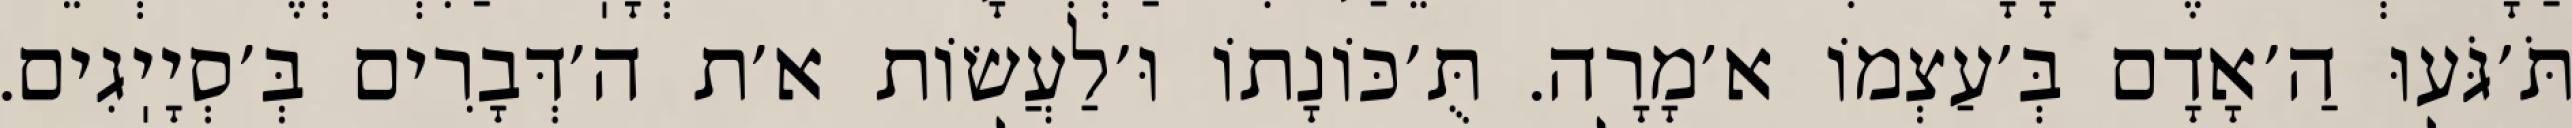
תֹּ׳גֹּעוּ הַ׳אָדָם בְּ׳עַצְמוֹ א׳מָרָה. תֻּ׳כּוֹנָתוֹ וּ׳לַעֲשׂוֹת א׳ת ה׳דְּבָרִים בְּ׳סְיָיֽגִים.